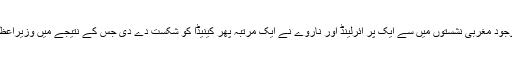
طویل اور بہترین مہم کے باوجود مغربی نشستوں میں سے ایک پر آئرلینڈ اور ناروے نے ایک مرتبہ پھر کینیڈا کو شکست دے دی جس کے نتیجے میں وزیراعظم جسٹن ٹروڈو کو دھچکا لگا۔